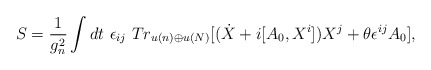
\begin{align*}S=\frac{1}{g^2_{n}}\int dt \ \epsilon_{ij}\ Tr_{u(n)\oplus u(N)}\lbrack(\dot{X}+i[A_{0},X^{i}])X^{j}+\theta\epsilon^{ij}A_{0}\rbrack,\end{align*}